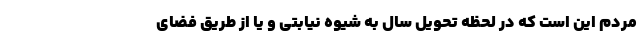
مردم این است که در لحظه تحویل سال به شیوه نیابتی و یا از طریق فضای